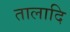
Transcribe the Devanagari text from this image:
तालादि